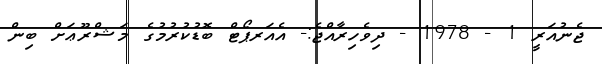
ޖެނުއަރީ 1 - 1978 - ދިވެހިރާއްޖެ:- އެއަރޕޯޓް ބޮޑުކުރުމުގެ މަޝްރޫޢަށް ބިން